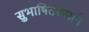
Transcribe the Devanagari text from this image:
सुभाषितरूपाने